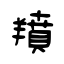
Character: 羵